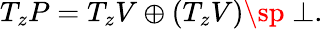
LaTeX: T_{z}P=T_{z}V\oplus(T_{z}V)\sp\perp.